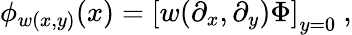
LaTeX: \phi_{w(x,y)}(x)=\left[w(\partial_{x},\partial_{y})\Phi\right]_{y=0}\ ,